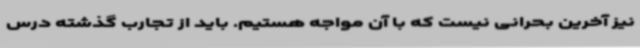
نیز آخرین بحرانی نیست که با آن مواجه هستیم. باید از تجارب گذشته درس